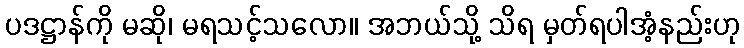
ပဒဋ္ဌာန်ကို မဆို၊ မရသင့်သလော။ အဘယ်သို့ သိရ မှတ်ရပါအံ့နည်းဟု